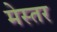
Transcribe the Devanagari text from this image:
मेस्तर